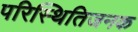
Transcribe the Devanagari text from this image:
परिस्थितिजनक